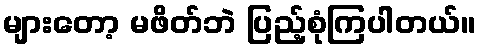
များတော့ မဖိတ်ဘဲ ပြည့်စုံကြပါတယ်။